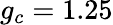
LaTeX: g_{c}=1.25